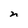
Character: n